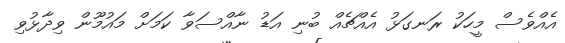
އެއްވެސް މީހަކު ރަނގަޅު އެއްޗެއް ބުނި އަޑު ނާއްސަވާ ކަމަށް މައުމޫން ވިދާޅުވި